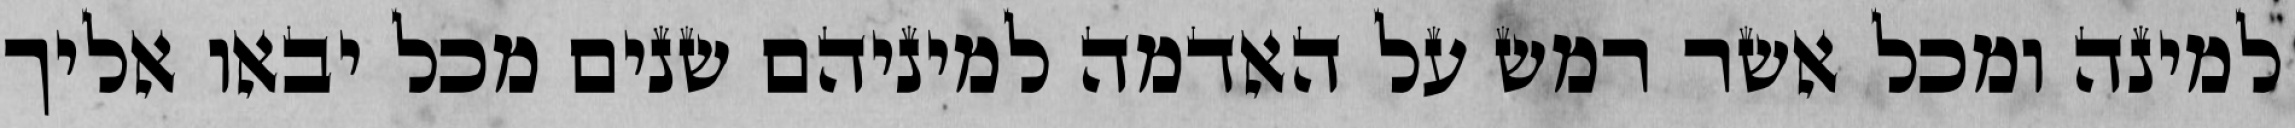
למינה ומכל אשר רמש על האדמה למיניהם שנים מכל יבאו אליך